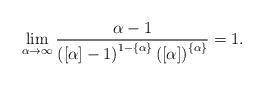
LaTeX: \begin{align*} \lim_{\alpha\to \infty} \frac{\alpha-1}{\left([\alpha]-1\right)^{1-\{\alpha\}}\left([\alpha] \right)^{\{\alpha\}}} = 1. \end{align*}